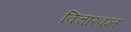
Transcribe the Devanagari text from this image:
विचारवम्त